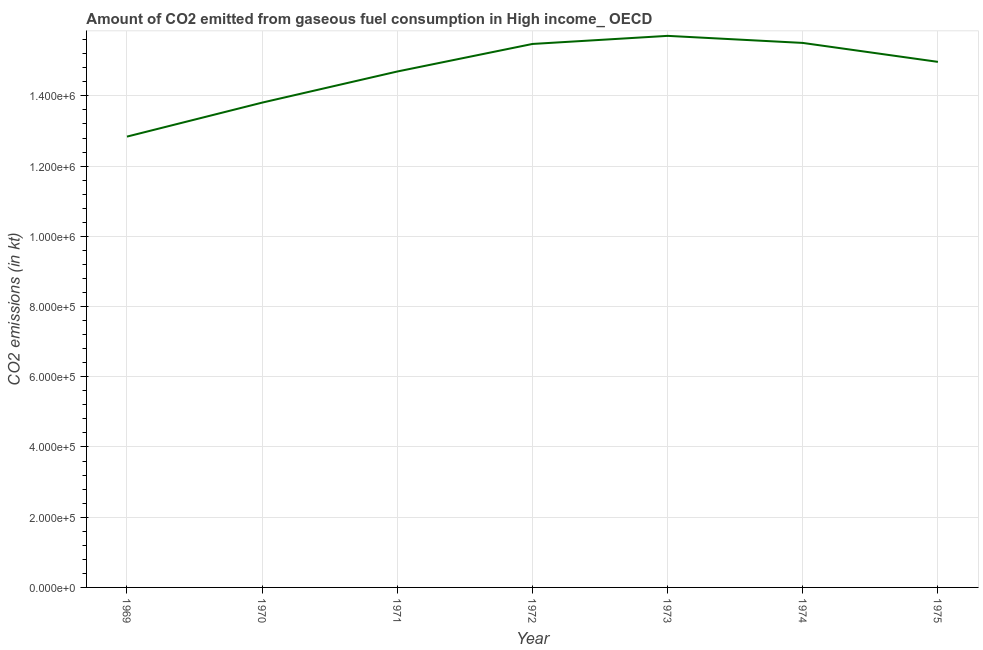
| Year | CO2 emissions from gaseous fuel consumption |
 | --- | --- |
 | 1969 | 1.28e+06 |
 | 1970 | 1.38e+06 |
 | 1971 | 1.47e+06 |
 | 1972 | 1.55e+06 |
 | 1973 | 1.57e+06 |
 | 1974 | 1.55e+06 |
 | 1975 | 1.5e+06 |